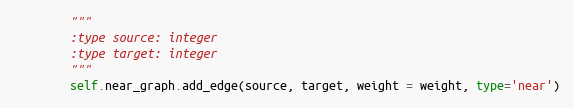
Language: Python
        """
        :type source: integer
        :type target: integer
        """
        self.near_graph.add_edge(source, target, weight = weight, type='near')